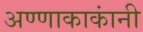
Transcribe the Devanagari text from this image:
अण्णाकाकांनी